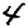
Digit: 4